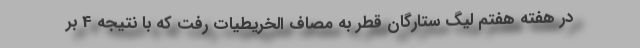
در هفته هفتم لیگ ستارگان قطر به مصاف الخریطیات رفت که با نتیجه 4 بر